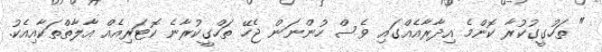
" ތަހުގީގުކުރާ ކޮންމެ އިދާރާއެއްގައި ވެސް ހުންނަން ޖެހޭ ތަހްގީކުރާނެ ކޮޓަރިއެއް އާލާތްތަކާއިއެކު.